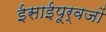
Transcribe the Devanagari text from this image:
ईसाईपूर्वजों